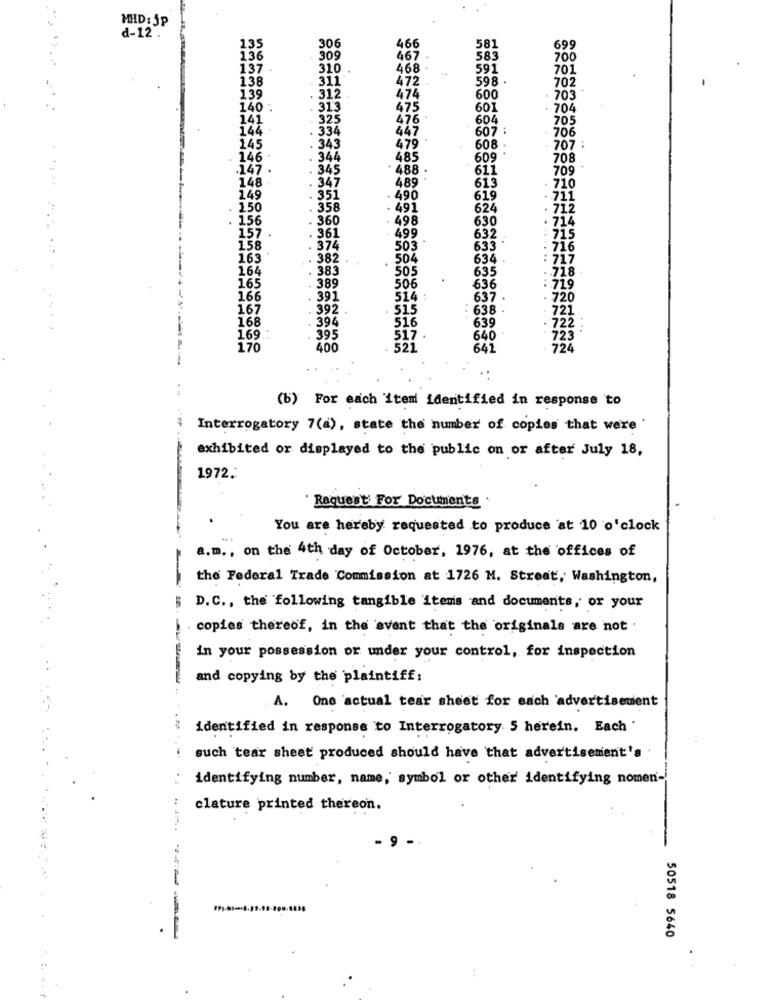
MHD: jp
d-12 .
135
306
466
581
699
136
309
467
583
700
137
310 .
468
591
701
138
311
472
598 .
702
139
312
474
600
703
140 .
313
475
601
704
141
325
476
604
705
144
334
447
607 :
706
145
. 343
479
608 .
707 :
146
344
485
609
708
.147.
. 345
488 .
611
709
148
. 347
489
710
613
149
351
490
619
711
150
. 358
- 491
624
. 712
156
360
498
630
. 714
157
361
499
632
715
158
374
503
633
716
...
163
382
504
634
717
164
. 383
505
635
.. 718
165
. 389
506
636
:. 719
166
. 391
514
637
. 720
167
. 392
515
638
721
168
394
516
722
639
169 .:
395
517
640
723
170
400
521
641
724
(b) For each item identified in response to
Interrogatory 7(a), state the number of copies that were
exhibited or displayed to the public on or after July 18,
1972.
Request For Documents
You are hereby requested to produce at 10 o'clock
a.m ., on the 4th day of October, 1976, at the offices of
the Federal Trade Commission at 1726 M. Street, Washington,
D. C ., the following tangible items and documents, or your
copies thereof, in the event that the originals are not .
in your possession or under your control, for inspection
and copying by the plaintiff:
A. One actual tear sheet for each advertisement
identified in response to Interrogatory. 5 herein. Each
such tear sheet produced should have that advertisement's
identifying number, name, symbol or other identifying nomen-
. 4
clature printed thereon.
9
50518 5640
: